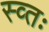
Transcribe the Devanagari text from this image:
स्व्तः